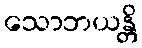
သောဘယန္တိ